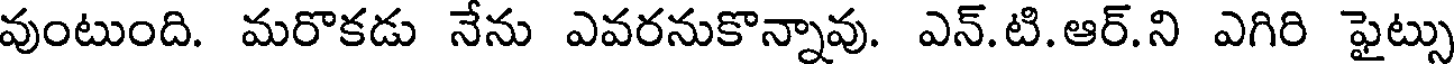
వుంటుంది. మరొకడు నేను ఎవరనుకొన్నావు. ఎన్.టి.ఆర్.ని ఎగిరి ఫైట్సు